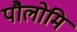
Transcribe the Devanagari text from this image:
पौलोमि